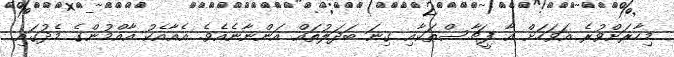
މިހާރަށްވުރެ އަވަހަށް އާ ފީޗާސްތަކާއި ގިނަ ބަދަލުތައް އަންނާނެއެވެ. އެއާއެކު އާއްމުންގެ މެދުގައި